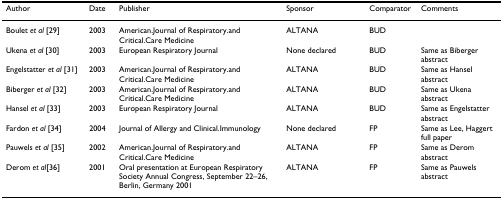
<table><thead><tr><td><b>Author</b></td><td><b>Date</b></td><td><b>Publisher</b></td><td><b>Sponsor</b></td><td><b>Comparator</b></td><td><b>Comments</b></td></tr></thead><tbody><tr><td>Boulet <i>et al </i>[29]</td><td>2003</td><td>American.Journal of Respiratory.and Critical.Care Medicine</td><td>ALTANA</td><td>BUD</td><td></td></tr><tr><td>Ukena <i>et al </i>[30]</td><td>2003</td><td>European Respiratory Journal</td><td>None declared</td><td>BUD</td><td>Same as Biberger abstract</td></tr><tr><td>Engelstatter <i>et al </i>[31]</td><td>2003</td><td>American.Journal of Respiratory.and Critical.Care Medicine</td><td>ALTANA</td><td>BUD</td><td>Same as Hansel abstract</td></tr><tr><td>Biberger <i>et al </i>[32]</td><td>2003</td><td>American.Journal of Respiratory.and Critical.Care Medicine</td><td>ALTANA</td><td>BUD</td><td>Same as Ukena abstract</td></tr><tr><td>Hansel <i>et al </i>[33]</td><td>2003</td><td>European Respiratory Journal</td><td>ALTANA</td><td>BUD</td><td>Same as Engelstatter abstract</td></tr><tr><td>Fardon <i>et al </i>[34]</td><td>2004</td><td>Journal of Allergy and Clinical.Immunology</td><td>None declared</td><td>FP</td><td>Same as Lee, Haggert full paper</td></tr><tr><td>Pauwels <i>et al </i>[35]</td><td>2002</td><td>American.Journal of Respiratory.and Critical.Care Medicine</td><td>ALTANA</td><td>FP</td><td>Same as Derom abstract</td></tr><tr><td>Derom <i>et al</i>[36]</td><td>2001</td><td>Oral presentation at European Respiratory Society Annual Congress, September 22–26, Berlin, Germany 2001</td><td>ALTANA</td><td>FP</td><td>Same as Pauwels abstract</td></tr></tbody></table>